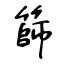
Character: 篩